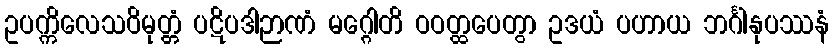
ဥပက္ကိလေသဝိမုတ္တံ ပဋိပဒါဉာဏံ မဂ္ဂေါတိ ဝဝတ္ထပေတွာ ဥဒယံ ပဟာယ ဘင်္ဂါနုပဿနံ